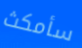
سأمكث